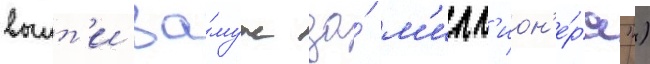
выит'и за́муж за́ м'илл'ион'е́ра")